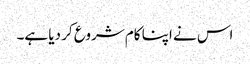
اس نے اپنا کام شروع کر دیا ہے۔